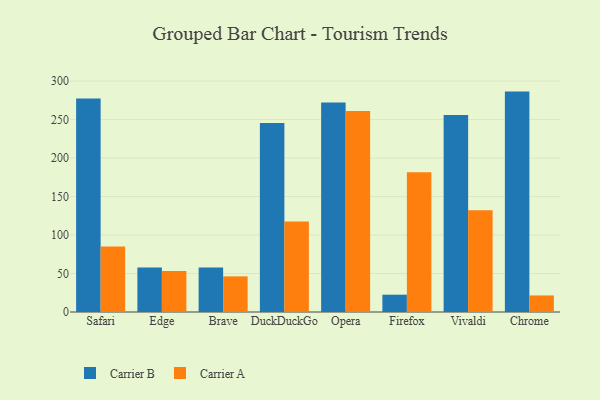
{"axis": {"x": "Browser", "y": "Bounce Rate (%)"}, "legend": ["Carrier A", "Carrier B"], "data": [{"x": "Safari", "y": 277.4, "type": "Carrier B"}, {"x": "Safari", "y": 85.0, "type": "Carrier A"}, {"x": "Edge", "y": 57.8, "type": "Carrier B"}, {"x": "Edge", "y": 53.2, "type": "Carrier A"}, {"x": "Brave", "y": 57.9, "type": "Carrier B"}, {"x": "Brave", "y": 46.3, "type": "Carrier A"}, {"x": "DuckDuckGo", "y": 245.6, "type": "Carrier B"}, {"x": "DuckDuckGo", "y": 117.5, "type": "Carrier A"}, {"x": "Opera", "y": 272.3, "type": "Carrier B"}, {"x": "Opera", "y": 261.2, "type": "Carrier A"}, {"x": "Firefox", "y": 22.5, "type": "Carrier B"}, {"x": "Firefox", "y": 181.5, "type": "Carrier A"}, {"x": "Vivaldi", "y": 256.1, "type": "Carrier B"}, {"x": "Vivaldi", "y": 132.2, "type": "Carrier A"}, {"x": "Chrome", "y": 286.4, "type": "Carrier B"}, {"x": "Chrome", "y": 21.5, "type": "Carrier A"}]}